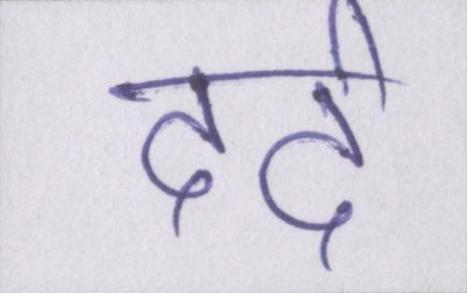
दर्द